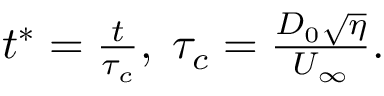
\begin{array} { r } { t ^ { * } = \frac { t } { \tau _ { c } } , \; \tau _ { c } = \frac { D _ { 0 } \sqrt { \eta } } { U _ { \infty } } . } \end{array}